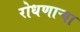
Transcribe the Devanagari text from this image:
रोधणाऱ्या